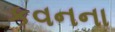
કવનના